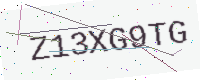
Text: Z13XG9TG